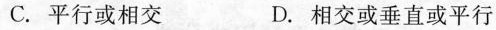
C.平行或相交 D.相交或垂直或平行